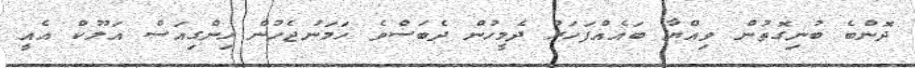
ދޮންބެ ބުނިގޮތުން ވިއްޔާ ބައެއްފަހަރު ދެމީހުން ދެބަސްވެ ހަމަނުޖެހުން ހިންގިއަސް އަލޫކް އެއީ